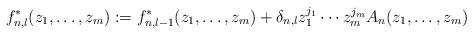
LaTeX: \begin{align*} f^*_{n,l}(z_1,\ldots,z_m):=f^*_{n,l-1}(z_1,\ldots,z_m)+\delta_{n,l}z_1^{j_1}\cdots z_m^{j_m}A_n(z_1,\ldots,z_m) \end{align*}